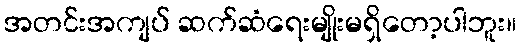
အတင်းအကျပ် ဆက်ဆံရေးမျိုးမရှိတော့ပါဘူး။